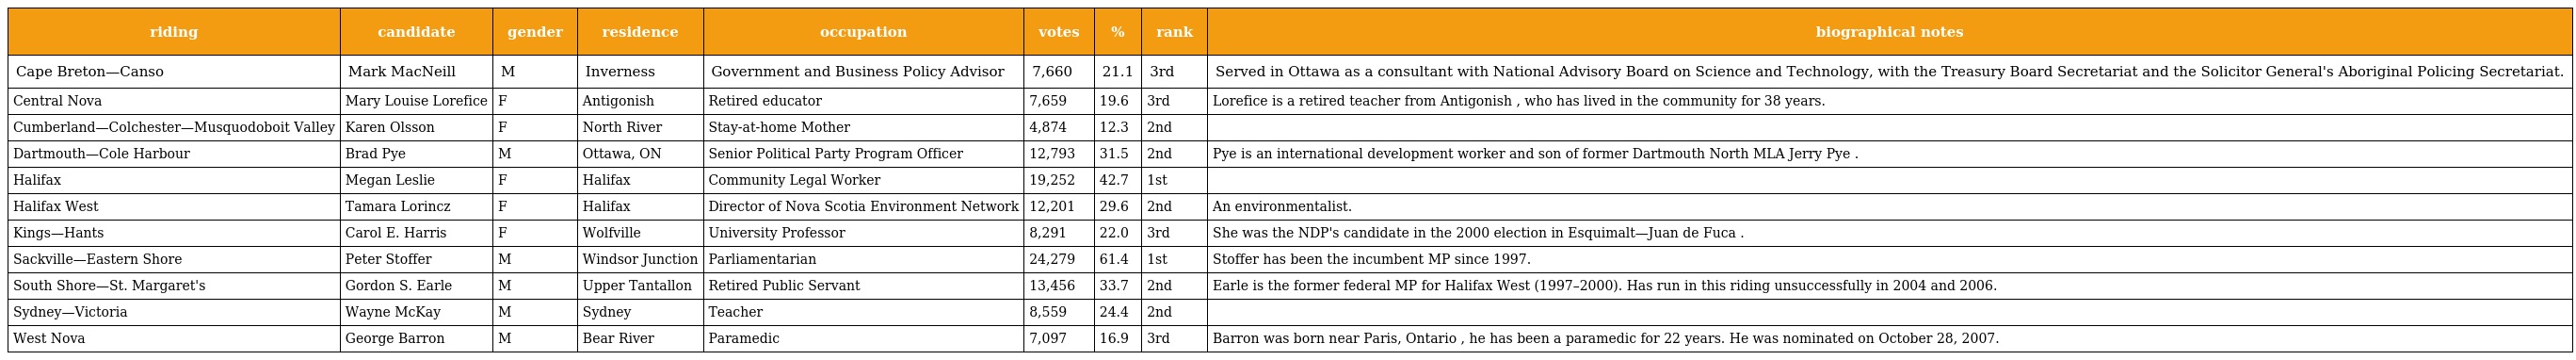
| riding | candidate | gender | residence | occupation | votes | % | rank | biographical notes |
 | --- | --- | --- | --- | --- | --- | --- | --- | --- |
 | Cape Breton—Canso | Mark MacNeill | M | Inverness | Government and Business Policy Advisor | 7,660 | 21.1 | 3rd | Served in Ottawa as a consultant with National Advisory Board on Science and Technology, with the Treasury Board Secretariat and the Solicitor General's Aboriginal Policing Secretariat. |
 | Central Nova | Mary Louise Lorefice | F | Antigonish | Retired educator | 7,659 | 19.6 | 3rd | Lorefice is a retired teacher from Antigonish , who has lived in the community for 38 years. |
 | Cumberland—Colchester—Musquodoboit Valley | Karen Olsson | F | North River | Stay-at-home Mother | 4,874 | 12.3 | 2nd |  |
 | Dartmouth—Cole Harbour | Brad Pye | M | Ottawa, ON | Senior Political Party Program Officer | 12,793 | 31.5 | 2nd | Pye is an international development worker and son of former Dartmouth North MLA Jerry Pye . |
 | Halifax | Megan Leslie | F | Halifax | Community Legal Worker | 19,252 | 42.7 | 1st |  |
 | Halifax West | Tamara Lorincz | F | Halifax | Director of Nova Scotia Environment Network | 12,201 | 29.6 | 2nd | An environmentalist. |
 | Kings—Hants | Carol E. Harris | F | Wolfville | University Professor | 8,291 | 22.0 | 3rd | She was the NDP's candidate in the 2000 election in Esquimalt—Juan de Fuca . |
 | Sackville—Eastern Shore | Peter Stoffer | M | Windsor Junction | Parliamentarian | 24,279 | 61.4 | 1st | Stoffer has been the incumbent MP since 1997. |
 | South Shore—St. Margaret's | Gordon S. Earle | M | Upper Tantallon | Retired Public Servant | 13,456 | 33.7 | 2nd | Earle is the former federal MP for Halifax West (1997–2000). Has run in this riding unsuccessfully in 2004 and 2006. |
 | Sydney—Victoria | Wayne McKay | M | Sydney | Teacher | 8,559 | 24.4 | 2nd |  |
 | West Nova | George Barron | M | Bear River | Paramedic | 7,097 | 16.9 | 3rd | Barron was born near Paris, Ontario , he has been a paramedic for 22 years. He was nominated on October 28, 2007. |